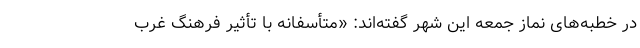
در خطبه‌های نماز جمعه این شهر گفته‌اند: «متأسفانه با تأثیر فرهنگ غرب